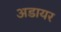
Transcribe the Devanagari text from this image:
अडायर